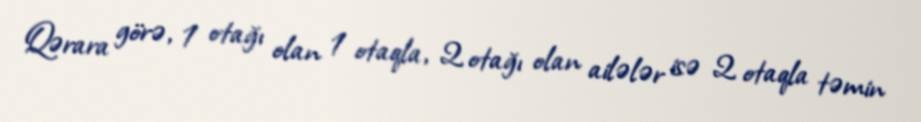
Qərara görə, 1 otağı olan 1 otaqla, 2 otağı olan ailələr isə 2 otaqla təmin